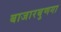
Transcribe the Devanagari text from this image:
बाजारबुणगा